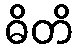
ဓိတိ